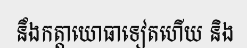
នឹងកត្តាយោធាទៀតហើយ និង